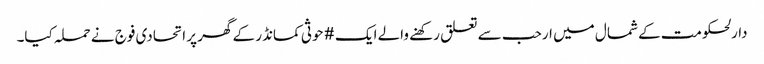
دارلحکومت کے شمال میں ارحب سے تعلق رکھنے والے ایک #حوثی کمانڈر کے گھر پر اتحادی فوج نے حملہ کیا۔